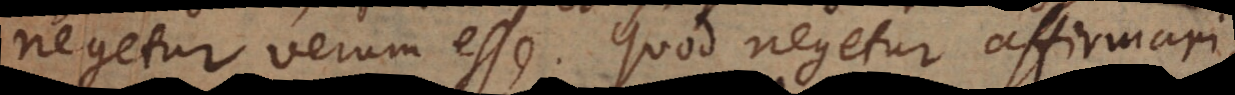
negetur, verum esse. Quod negetur affirmari,